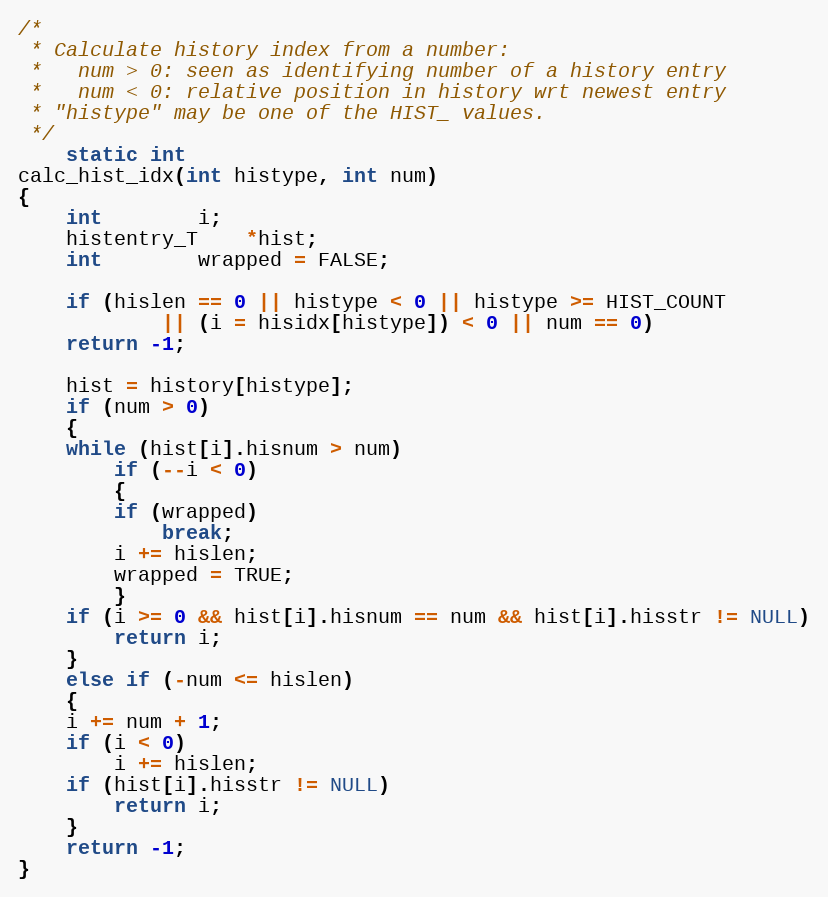
Language: C
/*
 * Calculate history index from a number:
 *   num > 0: seen as identifying number of a history entry
 *   num < 0: relative position in history wrt newest entry
 * "histype" may be one of the HIST_ values.
 */
    static int
calc_hist_idx(int histype, int num)
{
    int		i;
    histentry_T	*hist;
    int		wrapped = FALSE;

    if (hislen == 0 || histype < 0 || histype >= HIST_COUNT
		    || (i = hisidx[histype]) < 0 || num == 0)
	return -1;

    hist = history[histype];
    if (num > 0)
    {
	while (hist[i].hisnum > num)
	    if (--i < 0)
	    {
		if (wrapped)
		    break;
		i += hislen;
		wrapped = TRUE;
	    }
	if (i >= 0 && hist[i].hisnum == num && hist[i].hisstr != NULL)
	    return i;
    }
    else if (-num <= hislen)
    {
	i += num + 1;
	if (i < 0)
	    i += hislen;
	if (hist[i].hisstr != NULL)
	    return i;
    }
    return -1;
}